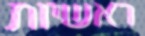
ראשיות